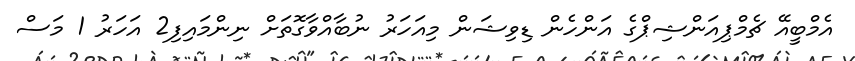
އެމްބީއޭ ޗެމްޕިއަންޝިޕްގެ އަންހެން ޑިވިޝަން މިއަހަރު ނުބާއްވާގޮތަށް ނިންމައިފި2 އަހަރު 1 މަސް